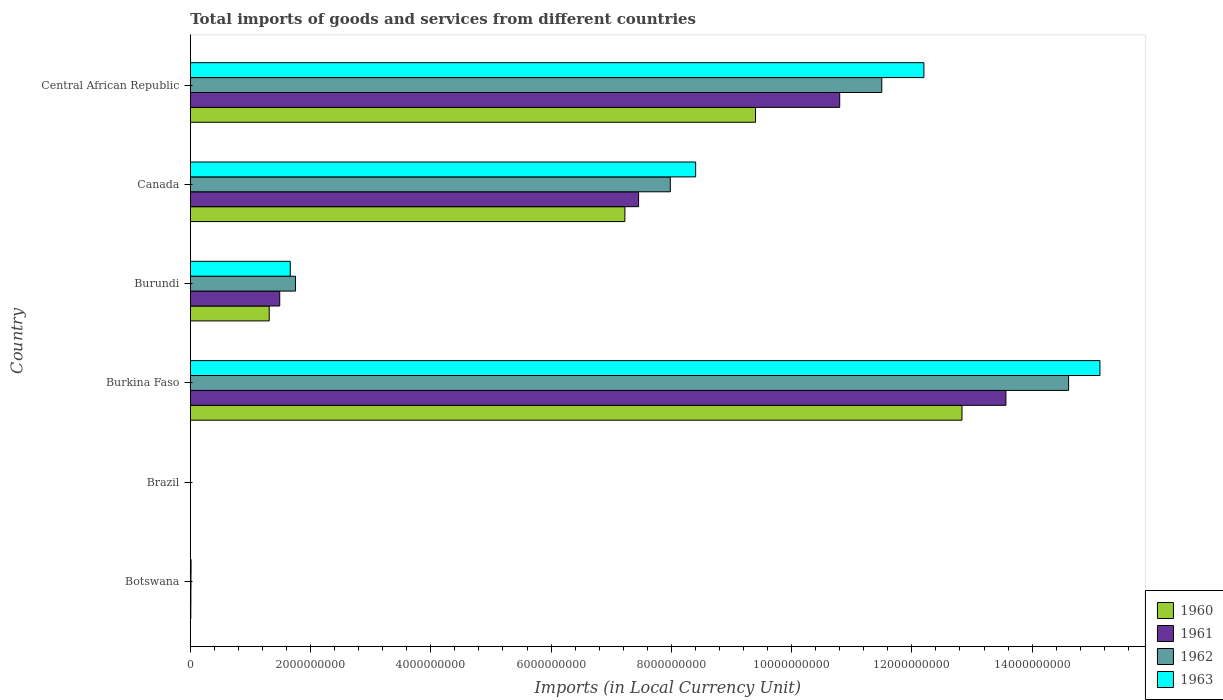
| Country | 1960 | 1961 | 1962 | 1963 |
 | --- | --- | --- | --- | --- |
 | Botswana | 8.6e+06 | 1e+07 | 1.14e+07 | 1.29e+07 |
 | Brazil | 7.33e-05 | 0.00011 | 0.000146 | 0.000438 |
 | Burkina Faso | 1.28e+10 | 1.36e+10 | 1.46e+10 | 1.51e+10 |
 | Burundi | 1.31e+09 | 1.49e+09 | 1.75e+09 | 1.66e+09 |
 | Canada | 7.23e+09 | 7.46e+09 | 7.98e+09 | 8.4e+09 |
 | Central African Republic | 9.4e+09 | 1.08e+10 | 1.15e+10 | 1.22e+10 |